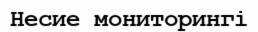
Несие мониторингі